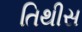
તિથીસ